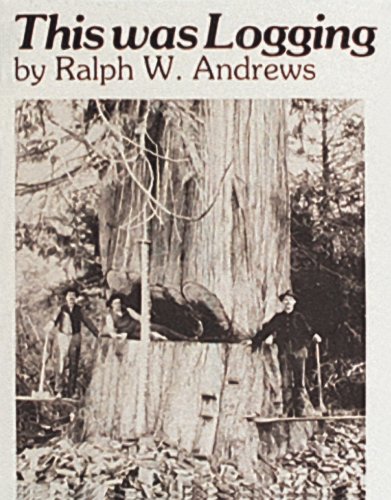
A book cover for This Was Logging; Ralph W. Andrews; Humor & Entertainment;